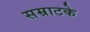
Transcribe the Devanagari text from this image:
सम्राटके